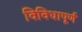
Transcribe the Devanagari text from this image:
विविधापूर्ण